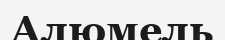
Алюмель